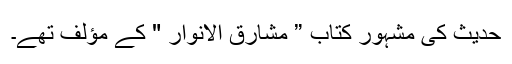
حدیث کی مشہور کتاب ” مشارق الانوار " کے مؤلف تھے۔